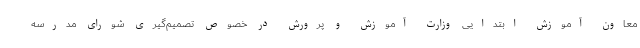
معاون آموزش ابتدایی وزارت آموزش و پرورش در خصوص تصمیم‌گیری شورای مدرسه